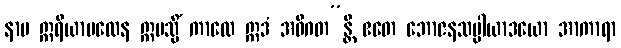
နာမ ဣရိယာပထေန ဣမသ္မိံ ကာလေ ဣဒံ အဓိဂတ”န္တိ ဧတေ ဘောဇနသပ္ပါယာဒယော အာကာရာ